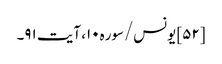
[۵۲] یونس/سوره۱۰، آیت ۹۱۔